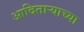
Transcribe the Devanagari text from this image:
आदिताऱ्याच्या